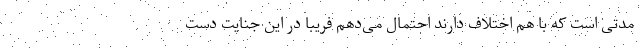
مدتی است که با هم اختلاف دارند احتمال می‌دهم فریبا در این جنایت دست